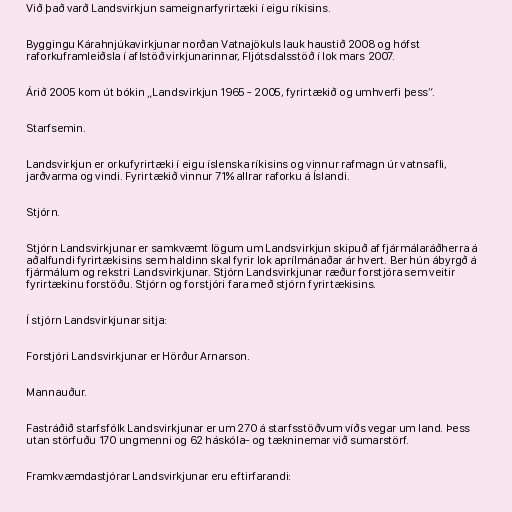
Við það varð Landsvirkjun sameignarfyrirtæki í eigu ríkisins.

Byggingu Kárahnjúkavirkjunar norðan Vatnajökuls lauk haustið 2008 og hófst
raforkuframleiðsla í aflstöð virkjunarinnar, Fljótsdalsstöð í lok mars 2007.

Árið 2005 kom út bókin „Landsvirkjun 1965 - 2005, fyrirtækið og umhverfi þess“.

Starfsemin.

Landsvirkjun er orkufyrirtæki í eigu íslenska ríkisins og vinnur rafmagn úr vatnsafli,
jarðvarma og vindi. Fyrirtækið vinnur 71% allrar raforku á Íslandi.

Stjórn.

Stjórn Landsvirkjunar er samkvæmt lögum um Landsvirkjun skipuð af fjármálaráðherra á
aðalfundi fyrirtækisins sem haldinn skal fyrir lok aprílmánaðar ár hvert. Ber hún ábyrgð á
fjármálum og rekstri Landsvirkjunar. Stjórn Landsvirkjunar ræður forstjóra sem veitir
fyrirtækinu forstöðu. Stjórn og forstjóri fara með stjórn fyrirtækisins.

Í stjórn Landsvirkjunar sitja:

Forstjóri Landsvirkjunar er Hörður Arnarson.

Mannauður.

Fastráðið starfsfólk Landsvirkjunar er um 270 á starfsstöðvum víðs vegar um land. Þess
utan störfuðu 170 ungmenni og 62 háskóla- og tækninemar við sumarstörf.

Framkvæmdastjórar Landsvirkjunar eru eftirfarandi: